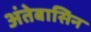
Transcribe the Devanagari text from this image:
अंतेबासिन